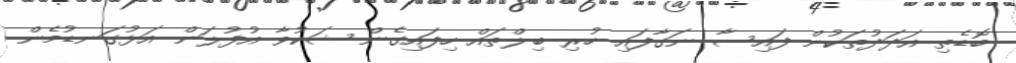
ބޮޑެތި އަދަދުތަކުން ފައިސާ ނަގާފައި ހުރި ބިލްތައް ހިފައިގެން ޝަކުވާ އުފުލަން އަޅުގަނޑުމެން